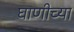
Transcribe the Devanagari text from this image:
घाणीच्या